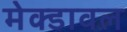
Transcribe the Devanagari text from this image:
मेक्डावल